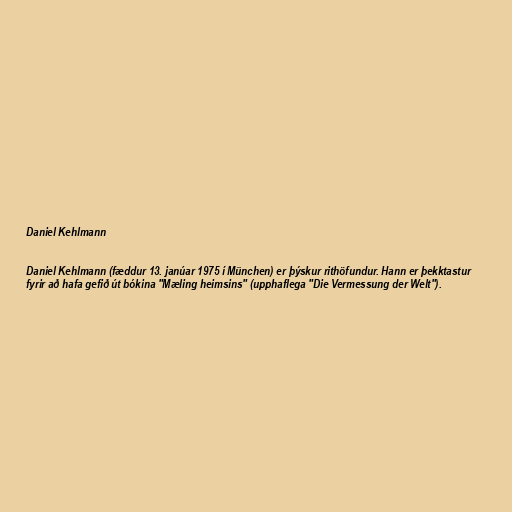
Daniel Kehlmann

Daniel Kehlmann (fæddur 13. janúar 1975 í München) er þýskur rithöfundur. Hann er þekktastur
fyrir að hafa gefið út bókina "Mæling heimsins" (upphaflega "Die Vermessung der Welt").